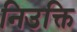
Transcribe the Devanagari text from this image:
निउक्ति